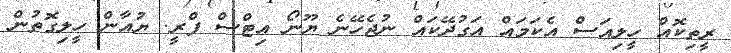
ރީތިކޮއް ހީލިއަސް އެކަމައް އަގުދޭކައް ނުޖެހޭނެ ޔޫނޯ އިޓްސް ފްރީ. ޔުއާން ހީލިގޮތުން